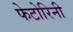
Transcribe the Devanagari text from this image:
फेटोरिनी